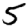
Digit: 5